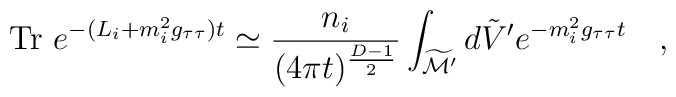
\mbox{Tr}~e^{-(L_i+m_i^2g_{\tau\tau}) t}\simeq {n_i \over (4\pi t)^{{D-1 \over2}}}\int_{\widetilde{\cal M}'}d\tilde{V}' e^{-m_i^2g_{\tau\tau}t}~~~,